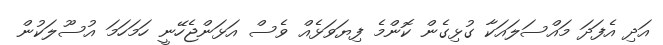
އަދި އެފަދަ މައްސަލައަކާ ގުޅިގެން ކޮންމެ ފިޔަވަޅެއް ވެސް އަޅަންޖެހޭނީ ހަމަހަމަ އުސޫލަކުން